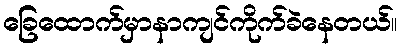
ခြေထောက်မှာနာကျင်ကိုက်ခဲနေတယ်။